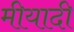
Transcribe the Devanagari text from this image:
मीयादी